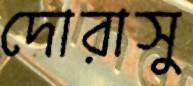
দোরাসু